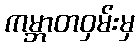
ကမ္ဘာတဝှမ်းမှ